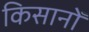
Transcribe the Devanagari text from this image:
किसानोँ